NAE_kihelkonnakohtute_kirjad_ja_protokollid_1869-1889, lk 8
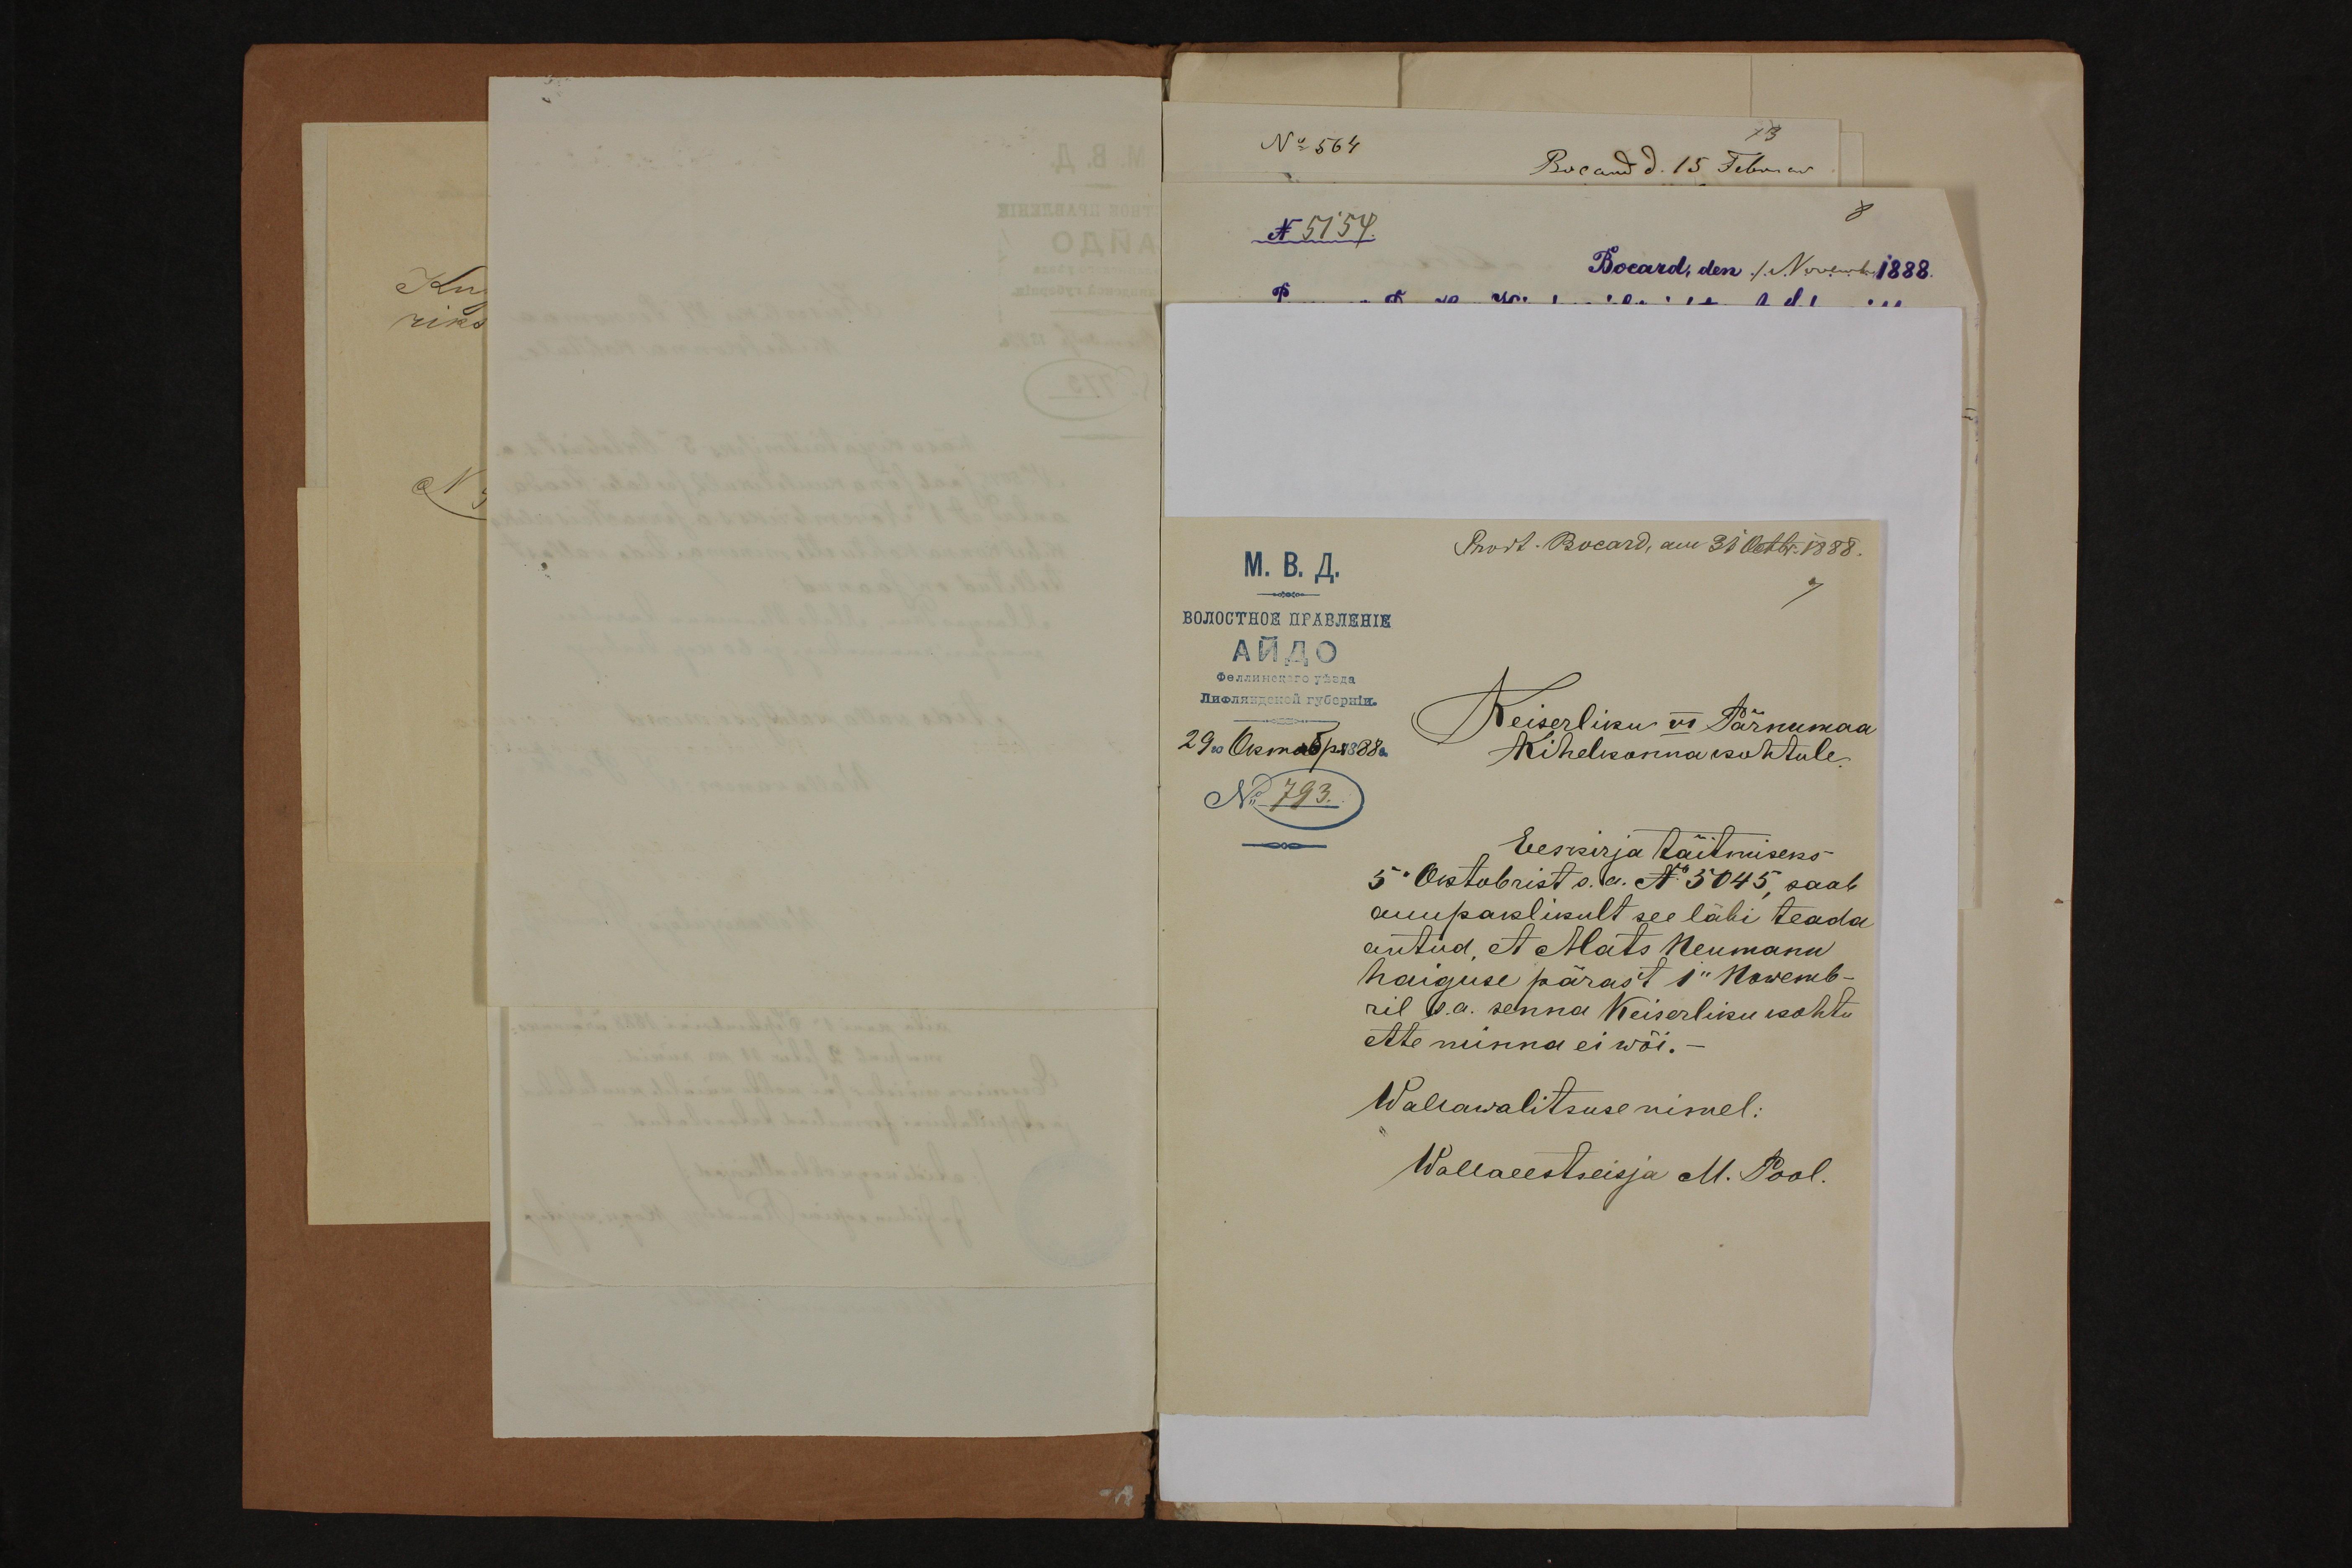
Keiserliku VI Pärnumaa
Kihelkonnakohtule.
Eeskirja täitmiseks
5 Oktobrist s.a. No 5045, saab
auupaklikult see läbi teada
antud, et Mats Neumann
haiguse pärast 1" Nowemb-
ril s.a. senna Keiserliku kohtu
ette minna ei wõi.-
Wallawalitsuse nimel:
Wallaeestseisja M. Pool.